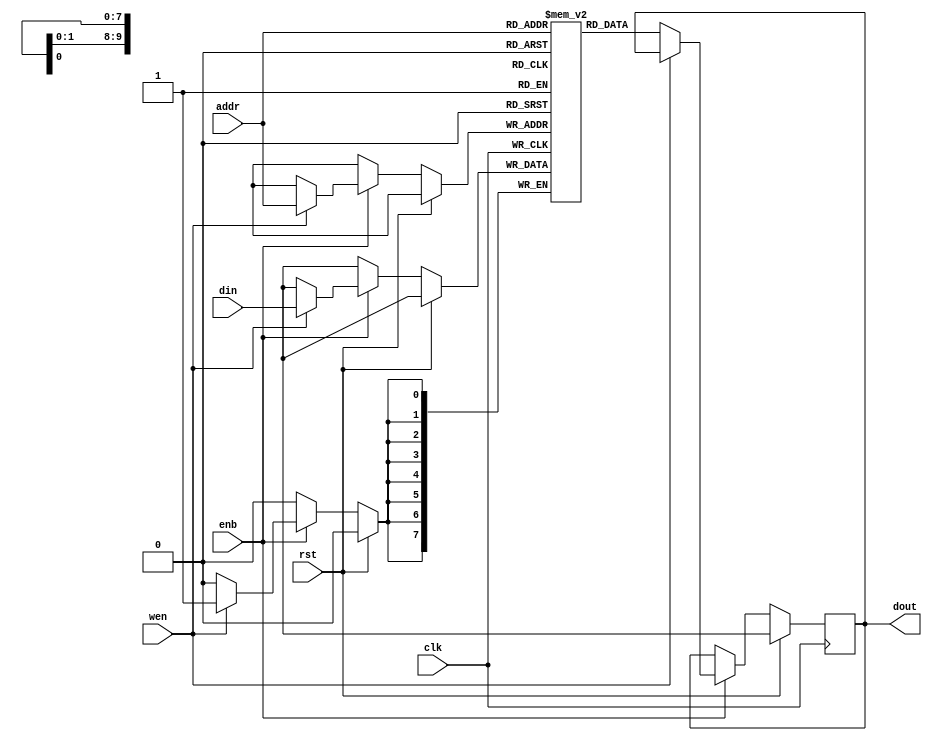
module blockram(
	clk, rst,
	enb, wen, addr, din, dout
);
parameter width = 8, depth = 10, size = 1<<depth;

input clk, rst, enb, wen;
input [depth-1:0] addr;
input [width-1:0] din;
output reg [width-1:0] dout;

reg [width-1:0] ram[0:size-1];

always @(posedge clk)
	if (rst) dout <= 'hx; // uninitialized
	else if (enb)
		if (wen) ram[addr] <= din;
		else dout <= ram[addr];

endmodule